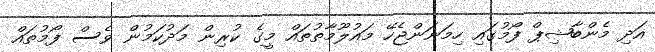
އަދި މެންބާޝިޕް ފޯމުގައި ހިމަނަންޖެހޭ މައުލޫމާތުތައް މީގެ ކުރިން މަދުކަމުން ވެސް ފޯމުތައް